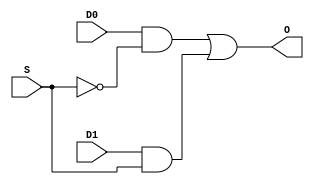
module mux2to1(   
    input D0,D1,
    input  S,
    output O
    );
    wire w0,w1;
    assign w0=D0&~S;
    assign w1=D1&S;
    assign O= w0|w1;
endmodule